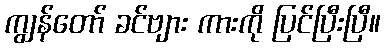
ကျွန်တော် ခင်ဗျား ကားကို ပြင်ပြီးပြီ။